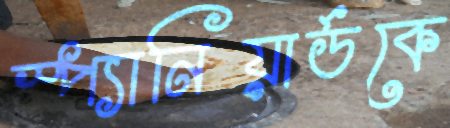
স্প্যানিয়ার্ডকে